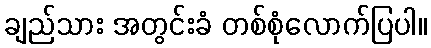
ချည်သား အတွင်းခံ တစ်စုံလောက်ပြပါ။